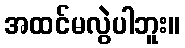
အထင်မလွဲပါဘူး။